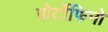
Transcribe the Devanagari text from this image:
पोर्टोफिनो